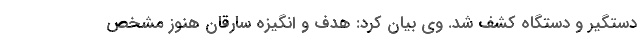
دستگیر و دستگاه کشف شد. وی بیان کرد: هدف و انگیزه سارقان هنوز مشخص